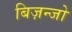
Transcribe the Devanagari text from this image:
बिज़न्जो